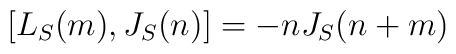
[L_S(m),J_S(n)] = -nJ_S(n+m)